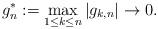
LaTeX: \begin{align*} g_n^*:=\max_{1\le k\le n}|g_{k,n}|\to0.\end{align*}